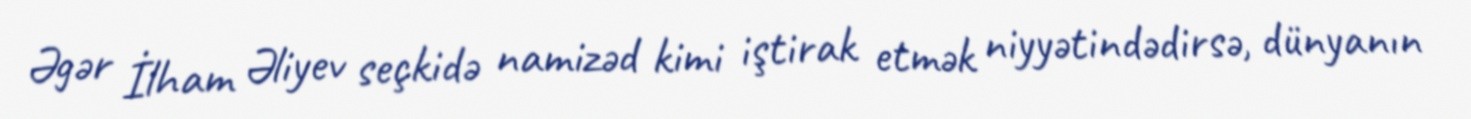
Əgər İlham Əliyev seçkidə namizəd kimi iştirak etmək niyyətindədirsə, dünyanın